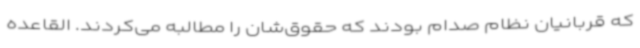
که قربانیان نظام صدام بودند که حقوق‌شان را مطالبه می‌کردند. القاعده